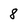
Character: 8